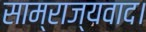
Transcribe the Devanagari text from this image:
साम्राज्यवाद।